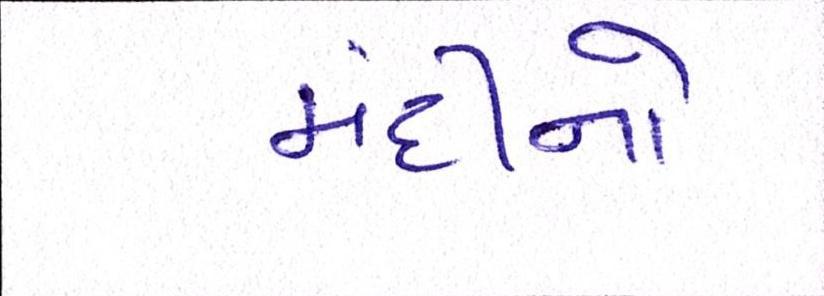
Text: મંદીનો